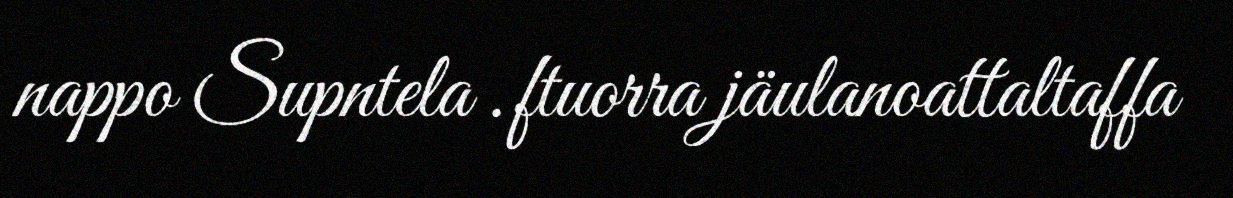
nappo Supntela .ftuorra jäulanoattaltaffa